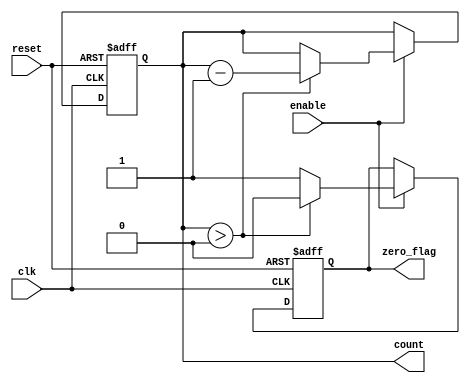
module decremental_counter #(
    parameter WIDTH = 8,          // Width of the counter (number of bits)
    parameter MAX_COUNT = 255     // Maximum count value (2^WIDTH - 1)
)(
    input wire clk,               // Clock signal
    input wire reset,             // Reset signal
    input wire enable,            // Enable signal for decrementing
    output reg [WIDTH-1:0] count, // Current count value
    output reg zero_flag          // Flag indicating when count reaches zero
);

    // Initialize the count value to MAX_COUNT on reset
    always @(posedge clk or posedge reset) begin
        if (reset) begin
            count <= MAX_COUNT;    // Reset to maximum count value
            zero_flag <= 1'b0;     // Reset zero flag
        end else if (enable) begin
            if (count > 0) begin
                count <= count - 1; // Decrement the count
                zero_flag <= 1'b0;   // Clear zero flag
            end else begin
                zero_flag <= 1'b1;   // Set zero flag if count is zero
            end
        end
    end

endmodule